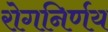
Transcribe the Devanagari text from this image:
रोगनिर्णय